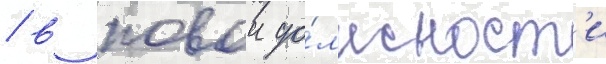
/ в новои до́лжност'и